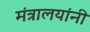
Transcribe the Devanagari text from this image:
मंत्रालयांनी